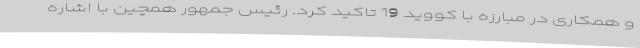
و همکاری در مبارزه با کووید 19 تاکید کرد. رئیس جمهور همچین با اشاره